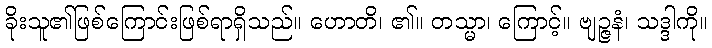
ခိုးသူ၏ဖြစ်ကြောင်းဖြစ်ရာရှိသည်။ ဟောတိ၊ ၏။ တသ္မာ၊ ကြောင့်။ ဗျဉ္ဇနံ၊ သဒ္ဒါကို။